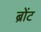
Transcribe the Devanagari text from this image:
ब्रोंट